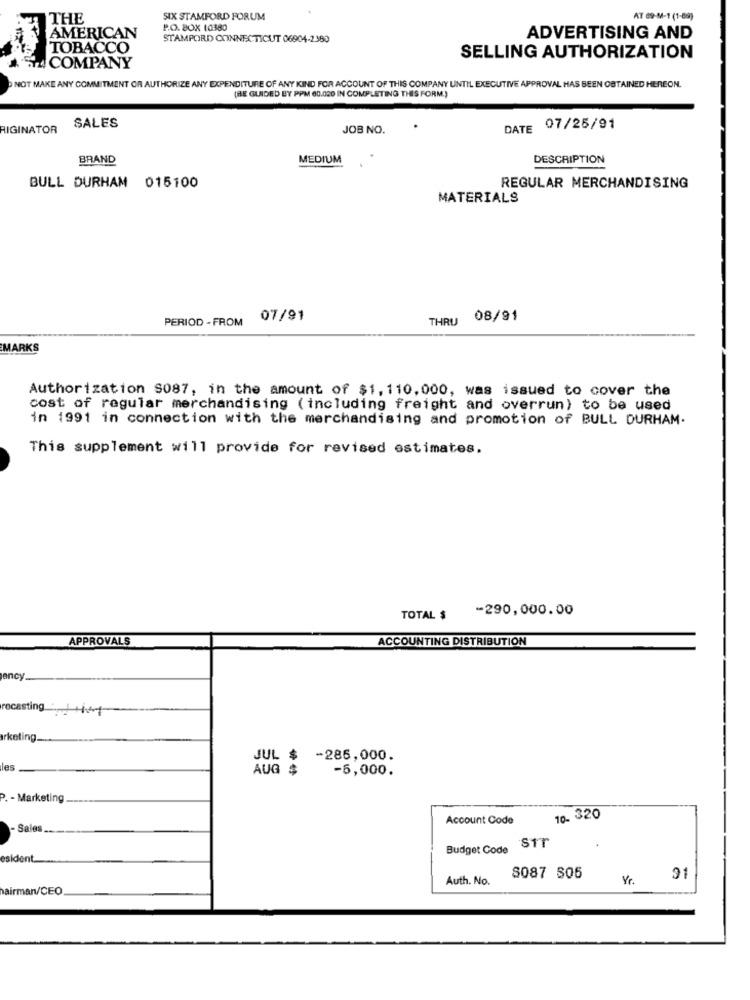
THE
SIX STAMFORD FORUM
AT 69-M-1 (1-89)
P.O. BOX 10380
AMERICAN
STAMPORD CONNECTICUT 06904-2380
ADVERTISING AND
TOBACCO
SELLING AUTHORIZATION
5424 COMPANY
NOT MAKE ANY COMMITMENT OR AUTHORIZE ANY EXPENDITURE OF ANY KIND FOR ACCOUNT OF THIS COMPANY UNTIL EXECUTIVE APPROVAL HAS BEEN OBTAINED HEREON.
(BE GUIDED BY PPM 60.020 IN COMPLETING THIS FORM.)
RIGINATOR
SALES
JOB NO.
DATE 07/25/91
BRAND
MEDIUM
DESCRIPTION
BULL DURHAM 015100
REGULAR MERCHANDISING
MATERIALS
PERIOD - FROM
07/91
THRU
08/91
MARKS
Authorization $087, in the amount of $1, 110, 000, was issued to cover the
cost of regular merchandising (including freight and overrun) to be used
in 1991 in connection with the merchandising and promotion of BULL DURHAM.
This supplement will provide for revised estimates.
-290,000.00
TOTAL $
APPROVALS
ACCOUNTING DISTRIBUTION
jency.
rocasting : +41
arketing.
JUL $ -286,000.
les
AUG $
-6,000.
. - Marketing
Account Code
10- 320
- Sales.
Budget Code STT
esident.
Auth. No.
8087 805
Yr.
airman/CEO